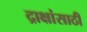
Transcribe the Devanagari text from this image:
द्राक्षांसाठी